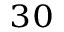
^ { 3 0 }